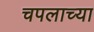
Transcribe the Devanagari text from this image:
चपलाच्या